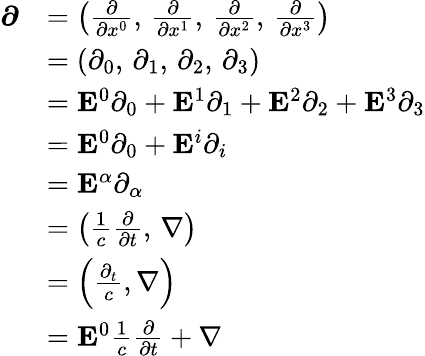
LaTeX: {\begin{array}{rl}{{\boldsymbol{\partial}}}&{=\left({\frac{\partial}{\partial x^{0}}},\, {\frac{\partial}{\partial x^{1}}},\, {\frac{\partial}{\partial x^{2}}},\, {\frac{\partial}{\partial x^{3}}}\right)}\\ &{=(\partial_{0},\, \partial_{1},\, \partial_{2},\, \partial_{3})}\\ &{=\mathbf{E}^{0}\partial_{0}+\mathbf{E}^{1}\partial_{1}+\mathbf{E}^{2}\partial_{2}+\mathbf{E}^{3}\partial_{3}}\\ &{=\mathbf{E}^{0}\partial_{0}+\mathbf{E}^{i}\partial_{i}}\\ &{=\mathbf{E}^{\alpha}\partial_{\alpha}}\\ &{=\left({\frac{1}{c}}{\frac{\partial}{\partial t}},\, \nabla\right)}\\ &{=\left({\frac{\partial_{t}}{c}},\nabla\right)}\\ &{=\mathbf{E}^{0}{\frac{1}{c}}{\frac{\partial}{\partial t}}+\nabla}\end{array}}